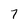
Character: 7